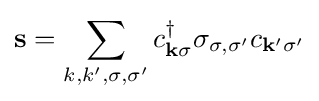
\mathbf {s} =\sum _{k,k',\sigma ,\sigma '}c_{\mathbf {k} \sigma }^{\dagger }\mathbf {\sigma } _{\sigma ,\sigma '}c_{\mathbf {k'} \sigma '}